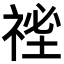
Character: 𥚐